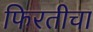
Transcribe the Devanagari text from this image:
फिरतीचा